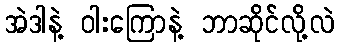
အဲဒါနဲ့ ဝါးကြောနဲ့ ဘာဆိုင်လို့လဲ